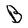
Character: B